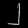
Digit: ၂